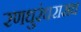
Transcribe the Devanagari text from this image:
रणधुरंधरासच